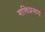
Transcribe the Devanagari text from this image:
शक्तिप्रसाद